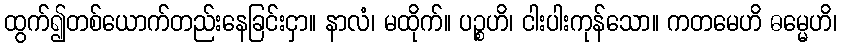
ထွက်၍တစ်ယောက်တည်းနေခြင်းငှာ။ နာလံ၊ မထိုက်။ ပဉ္စဟိ၊ ငါးပါးကုန်သော။ ကတမေဟိ ဓမ္မေဟိ၊